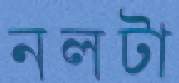
নলটা